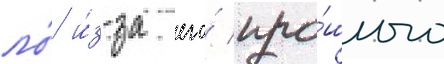
ло́ и́з-за его́ про́шлого